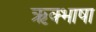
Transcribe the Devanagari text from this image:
ऋक्भाषा